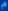
p